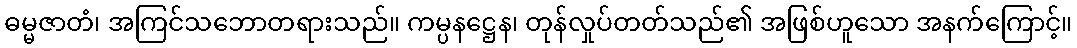
ဓမ္မဇာတံ၊ အကြင်သဘောတရားသည်။ ကမ္ပနဋ္ဌေန၊ တုန်လှုပ်တတ်သည်၏ အဖြစ်ဟူသော အနက်ကြောင့်။